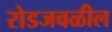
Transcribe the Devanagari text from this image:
रोडजवळील